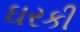
ઘરકી